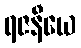
ရဇနီယေ